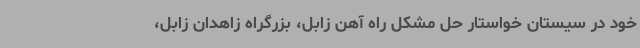
خود در سیستان خواستار حل مشکل راه آهن زابل، بزرگراه زاهدان زابل،